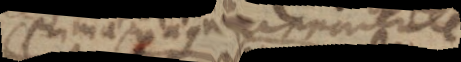
primae magn. apparentem